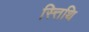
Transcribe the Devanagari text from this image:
स्त्तिथि